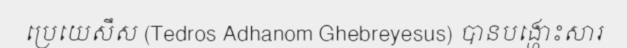
ប្រេយេសឹស (Tedros Adhanom Ghebreyesus) បានបង្ហោះសារ